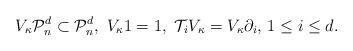
LaTeX: \begin{align*}V_{\kappa}\mathcal{P}_{n}^{d}\subset\mathcal{P}_{n}^{d},\,\,V_{\kappa}1=1,\,\,\mathcal{T}_{i}V_{\kappa}=V_{\kappa}\partial_{i},\,1\leq i\leq d.\end{align*}